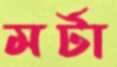
মর্টা